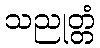
သညုတ္တံ